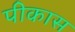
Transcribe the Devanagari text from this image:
पीकास